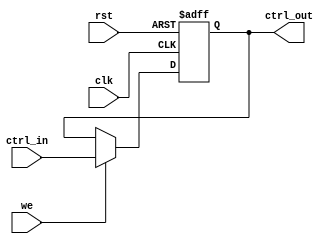
module control_register #(
    parameter N = 8  // Parameter to define the size of the control register
)(
    input wire clk,               // Clock signal
    input wire rst,               // Asynchronous reset signal
    input wire [N-1:0] ctrl_in,   // Control input signal
    input wire we,                // Write enable signal
    output reg [N-1:0] ctrl_out   // Control output signal
);

    // Asynchronous reset and clock-triggered behavior
    always @(posedge clk or posedge rst) begin
        if (rst) begin
            ctrl_out <= {N{1'b0}};  // Reset the control register to predefined state (all zeros)
        end else if (we) begin
            ctrl_out <= ctrl_in;    // Write control input to the register if write enable is high
        end
        // If we is low, retain previous value (no action needed)
    end

endmodule